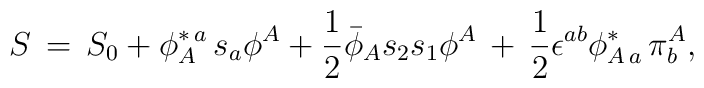
S \,=\, S_0 + \phi_A^{\ast\,a}\,s_a \phi^A+ {1\over 2} {\bar \phi}_A s_2s_1 \phi^A\,+\,{1\over 2} \epsilon^{ab} \phi_{A\,a}^{\ast}\,\pi^A_b,